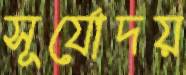
সূর্যোদয়